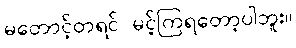
မတောင့်တရင် မင့်ကြရတော့ပါဘူး။